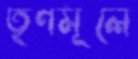
তৃণমূলে